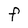
Character: F